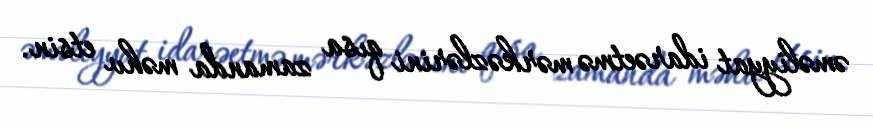
əməliyyat idarəetmə mərkəzlərini qısa zamanda məhv etsin.